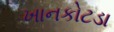
ખાનકોટડા